Indian journal of veterinary science and animal husbandry - Volumes 18-21, 1948-1951
Year: 1948
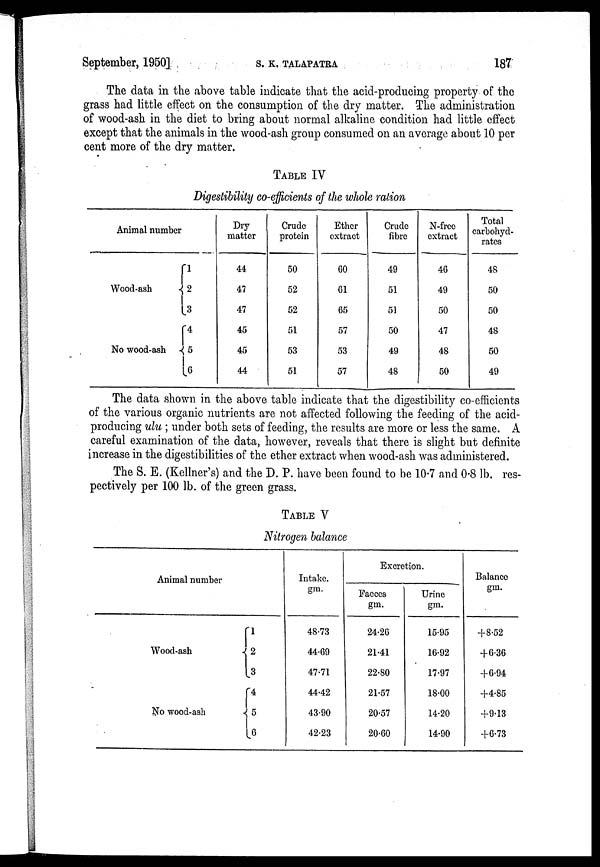
September, 1950]
S.
K.
TALAPATRA
187
The data in the above table indicate that the acid-producing property of the
grass had little effect on the consumption of the dry matter. The administration
of wood-ash in the diet to bring about normal alkaline condition had little effect
except that the animals in the wood-ash group consumed on an average about 10 per
cent more of the dry matter.
TABLE IV
Digestibility co-efficients of the whole ration
Animal number
Wood-ash
No wood-ash
1
2
3
4
5
6
Dry
matter
44
47
47
45
45
44
Crude
protein
50
52
52
51
53
51
Ether
extract
60
61
65
57
53
57
Crude
fibre
49
51
51
50
49
48
N-free
extract
46
49
50
47
48
50
Total
carbohyd-
rates
48
50
50
48
50
49
The data shown in the above table indicate that the digestibility co-efficients
of the various organic nutrients are not affected following the feeding of the acid-
producing ulu ; under both sets of feeding, the results are more or less the same. A
careful examination of the data, however, reveals that there is slight but definite
increase in the digestibilities of the ether extract when wood-ash was administered.
The S. E. (Kellner's) and the D. P. have been found to be 10.7 and 0.8 lb. res-
pectively per 100 lb. of the green grass.
TABLE V
Nitrogen balance
Animal number
Wood-ash
No wood-ash
1
2
3
4 5
6
Intake.
gm.
48.73
44.69
47.71
44.42
43.90
42.23
Excretion.
Faeces
gm.
24.26
21.41
22.80
21.57
20.57
20.60
Urine
gm.
15.95
16.92
17.97
18.00
14.20
14.90
Balance
gm.
+8.52
+6.36
+6.94
+4.85
+9.13
+6.73